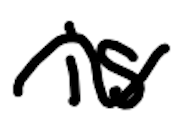
Text: is
Cross-out: wave
Writing tool: digital_black